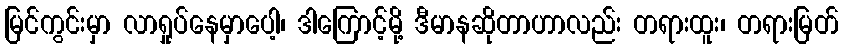
မြင်ကွင်းမှာ လာရှုပ်နေမှာပေါ့၊ ဒါကြောင့်မို့ ဒီမာနဆိုတာဟာလည်း တရားထူး၊ တရားမြတ်